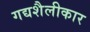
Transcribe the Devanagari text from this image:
गद्यशैलीकार